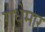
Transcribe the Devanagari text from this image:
गधेमार